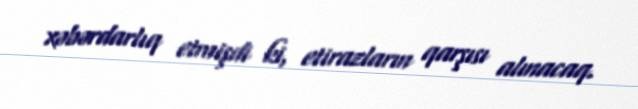
xəbərdarlıq etmişdi ki, etirazların qarşısı alınacaq.